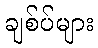
ချစ်ပ်များ